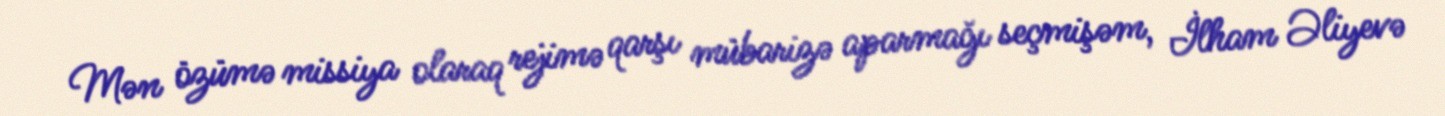
Mən özümə missiya olaraq rejimə qarşı mübarizə aparmağı seçmişəm, İlham Əliyevə